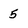
Character: 5